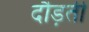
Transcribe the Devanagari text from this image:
दौड़तीं